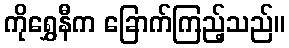
ကိုရွှေနီက ခြောက်ကြည့်သည်။